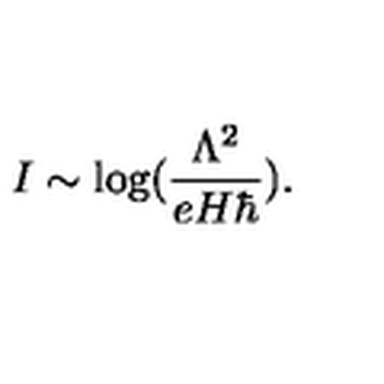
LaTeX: I \sim \log ( { \frac { \Lambda ^ { 2 } } { e H \hbar } } ) .